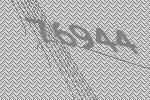
76944